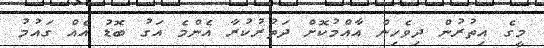
މީގެ އިތުރުން ދިވެހިން އާއްމުކޮށް ދަތުރުކުރާ އެންމެ އަގު ބޮޑު އެއް ގައުމު